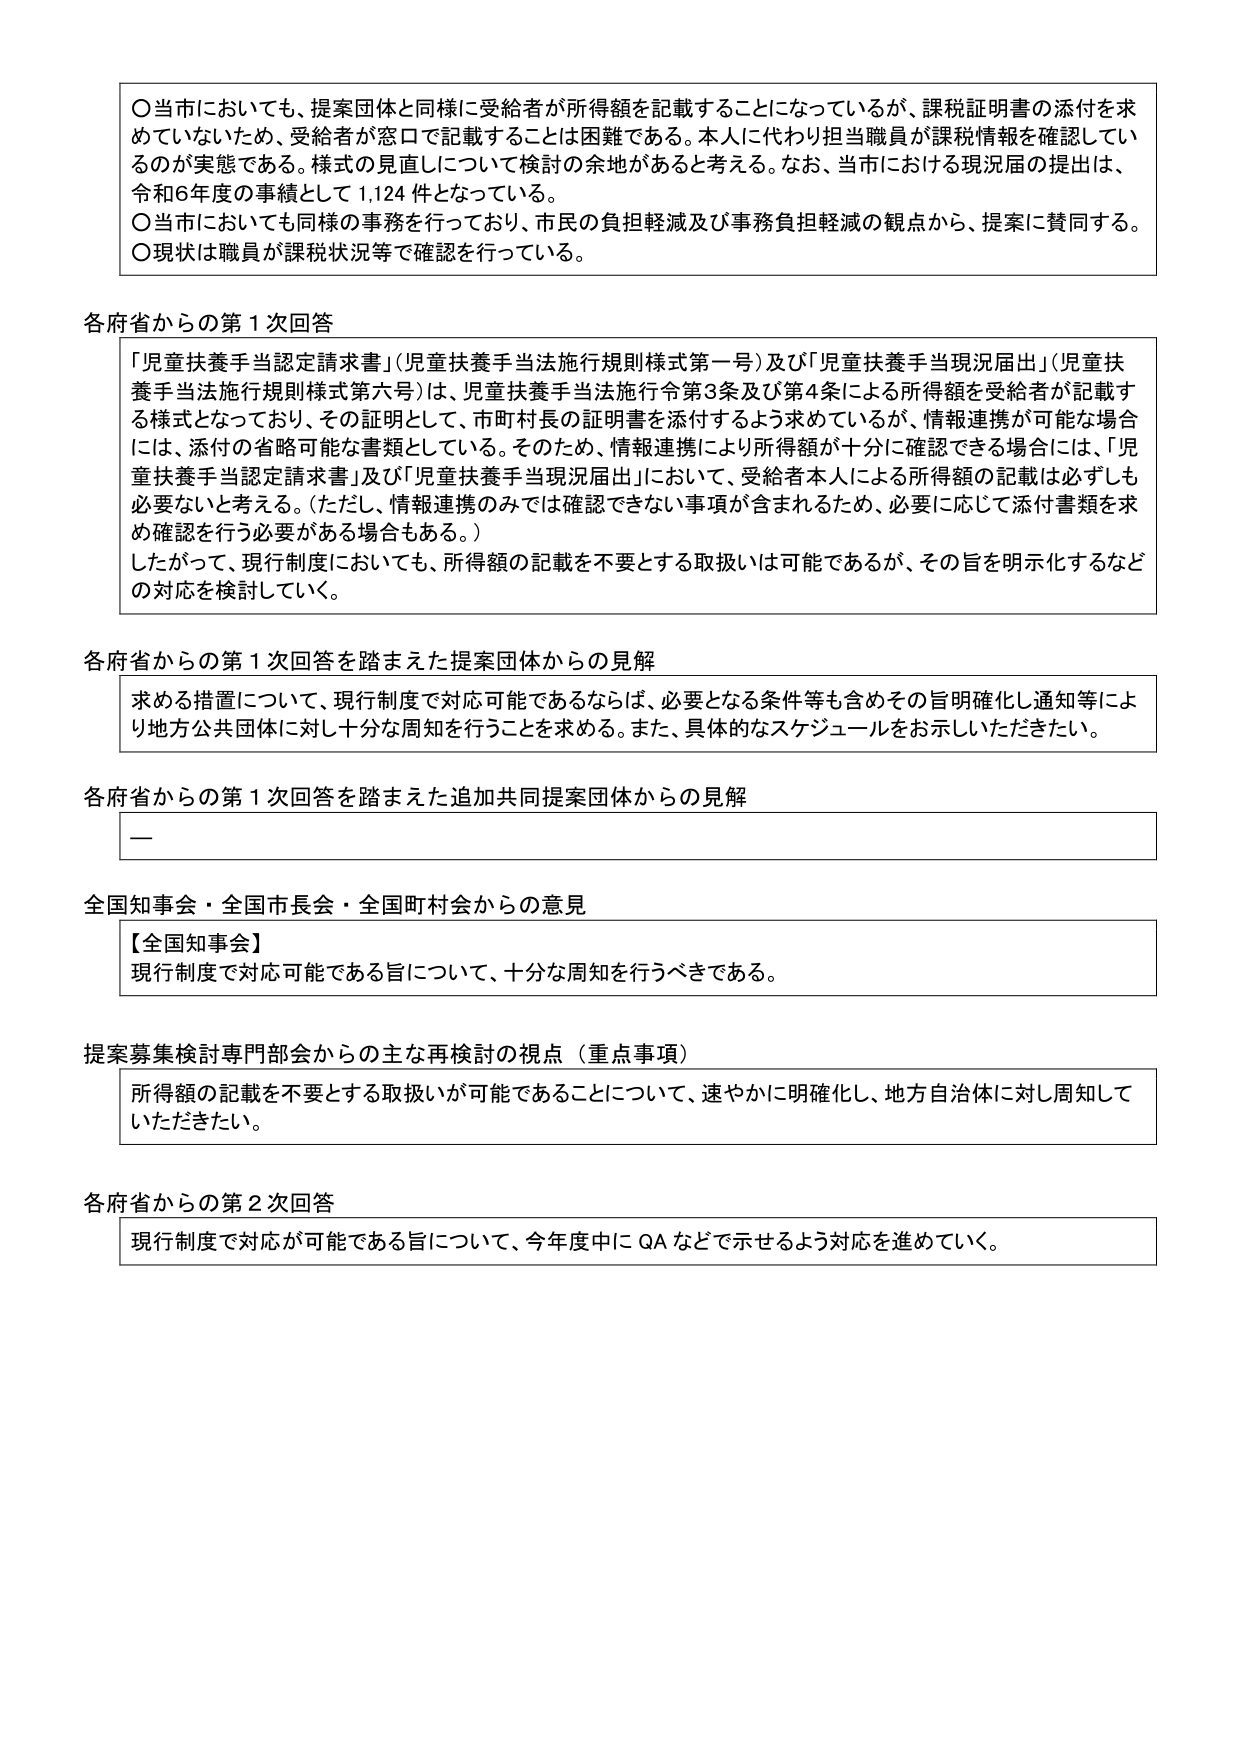
〇当市においても、提案団体と同様に受給者が所得額を記載することになっているが、課税証明書の添付を求めていないため、受給者が窓口で記載することは困難である。本人に代わり担当職員が課税情報を確認しているのが実態である。様式の見直しについて検討の余地があると考える。なお、当市における現況届の提出は、令和6年度の事項として1,124件となっている。

〇当市においても同様の事務を行っており、市民の負担軽減及び事務負担軽減の観点から、提案に賛同する。

〇現状は職員が課税状況等で確認を行っている。

各府省からの第1次回答

「児童扶養手当認定請求書」（児童扶養手当法施行規則様式第一号）及び「児童扶養手当現況届出」（児童扶養手当法施行規則様式第六号）は、児童扶養手当法施行令第3条及び第4条による所得額を受給者が記載する様式となっており、その証明として、市町村長の証明書を添付するよう求めているが、情報連携が可能な場合には、添付の省略可能な書類としている。そのため、情報連携により所得額が十分に確認できる場合には、「児童扶養手当認定請求書」及び「児童扶養手当現況届出」において、受給者本人による所得額の記載は必ずしも必要ないと考える。（ただし、情報連携のみでは確認できない事項が含まれるため、必要に応じて添付書類を求め確認を行う必要がある場合もある。）

したがって、現行制度においても、所得額の記載を不要とする取扱いは可能であるが、その旨を明示化するなどの対応を検討していく。

各府省からの第1次回答を踏まえた提案団体からの見解

求める措置について、現行制度で対応可能であるならば、必要となる条件等も含めその旨明確化し通知等により地方公共団体に対し十分な周知を行うことを求める。また、具体的なスケジュールをお示しいただきたい。

各府省からの第1次回答を踏まえた追加共同提案団体からの見解

—

全国知事会・全国市長会・全国町村会からの意見

【全国知事会】
現行制度で対応可能である旨について、十分な周知を行うべきである。

提案募集検討専門部会からの主な再検討の視点（重点事項）

所得額の記載を不要とする取扱いが可能であることについて、速やかに明確化し、地方自治体に対し周知していただきたい。

各府省からの第2次回答

現行制度で対応が可能である旨について、今年度中にQAなどで示せるよう対応を進めていく。